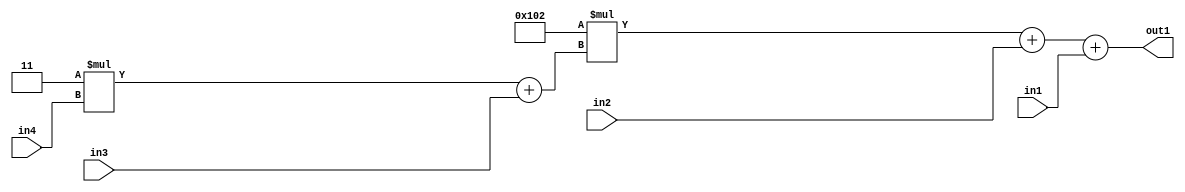
`timescale 1ps / 1ps
/*****************************************************************************
    Verilog RTL Description
    
    
    Created by: Stratus DpOpt 2019.1.01 
*******************************************************************************/

module DC_Filter_Add3u8u2Mul2i258Add2u2Mul2i3u2_1 (
	in4,
	in3,
	in2,
	in1,
	out1
	); /* architecture "behavioural" */ 
input [1:0] in4,
	in3,
	in2;
input [7:0] in1;
output [11:0] out1;
wire [11:0] asc001;
wire [3:0] asc002;

wire [3:0] asc002_tmp_0;
assign asc002_tmp_0 = 
	+(4'B0011 * in4);
assign asc002 = asc002_tmp_0
	+(in3);

wire [11:0] asc001_tmp_1;
wire [11:0] asc001_tmp_2;
assign asc001_tmp_2 = 
	+(12'B000100000010 * asc002);
assign asc001_tmp_1 = asc001_tmp_2
	+(in2);
assign asc001 = asc001_tmp_1
	+(in1);

assign out1 = asc001;
endmodule

/* CADENCE  vrP0SQs= : u9/ySgnWtBlWxVPRXgAZ4Og= ** DO NOT EDIT THIS LINE ******/